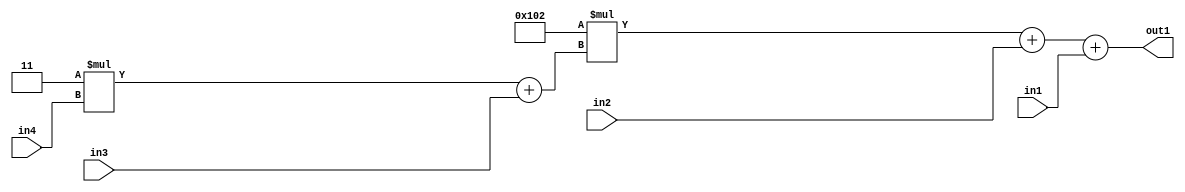
`timescale 1ps / 1ps
/*****************************************************************************
    Verilog RTL Description
    
    
    Created by: Stratus DpOpt 2019.1.01 
*******************************************************************************/

module DC_Filter_Add3u8u2Mul2i258Add2u2Mul2i3u2_1 (
	in4,
	in3,
	in2,
	in1,
	out1
	); /* architecture "behavioural" */ 
input [1:0] in4,
	in3,
	in2;
input [7:0] in1;
output [11:0] out1;
wire [11:0] asc001;
wire [3:0] asc002;

wire [3:0] asc002_tmp_0;
assign asc002_tmp_0 = 
	+(4'B0011 * in4);
assign asc002 = asc002_tmp_0
	+(in3);

wire [11:0] asc001_tmp_1;
wire [11:0] asc001_tmp_2;
assign asc001_tmp_2 = 
	+(12'B000100000010 * asc002);
assign asc001_tmp_1 = asc001_tmp_2
	+(in2);
assign asc001 = asc001_tmp_1
	+(in1);

assign out1 = asc001;
endmodule

/* CADENCE  vrP0SQs= : u9/ySgnWtBlWxVPRXgAZ4Og= ** DO NOT EDIT THIS LINE ******/